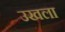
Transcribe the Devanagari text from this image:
उखला